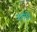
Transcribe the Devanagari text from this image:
अनीर्ति